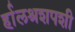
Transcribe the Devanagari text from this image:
र्हालश्रशपशी